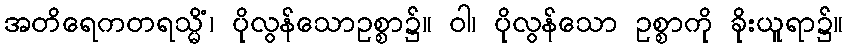
အတိရေကတရသ္မိံ၊ ပိုလွန်သောဥစ္စာ၌။ ဝါ၊ ပိုလွန်သော ဥစ္စာကို ခိုးယူရာ၌။